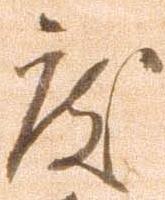
度